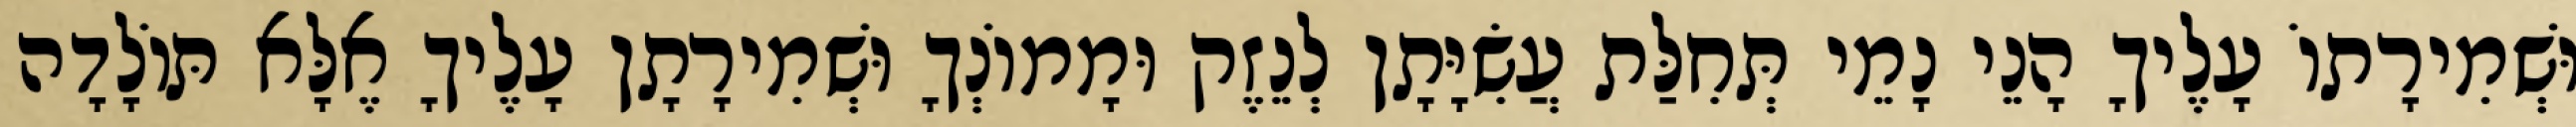
וּשְׁמִירָתוֹ עָלֶיךָ הָנֵי נָמֵי תְּחִלַּת עֲשִׂיָּתָן לְנֵזֶק וּמָמוֹנְךָ וּשְׁמִירָתָן עָלֶיךָ אֶלָּא תּוֹלָדָה